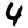
Digit: 4